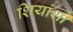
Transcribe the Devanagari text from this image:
शियांशी